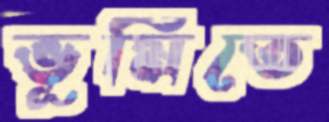
ভূমিতে